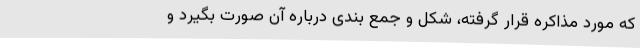
که مورد مذاکره قرار گرفته، شکل و جمع بندی درباره آن صورت بگیرد و